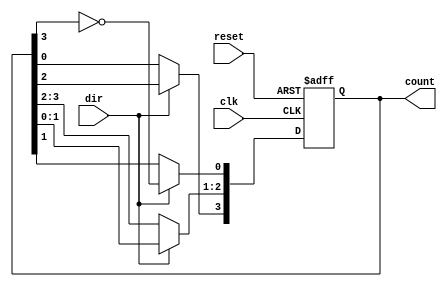
module bidirectional_johnson_counter (
    input wire clk,              // Clock input
    input wire reset,            // Asynchronous reset
    input wire dir,              // Direction control (1 for up, 0 for down)
    output reg [3:0] count       // 4-bit counter output
);

    always @(posedge clk or posedge reset) begin
        if (reset) begin
            // Asynchronous reset
            count <= 4'b0000;     // Reset the counter to 0
        end else begin
            if (dir) begin
                // Counting up (Johnson counter)
                count[0] <= ~count[3]; // Feedback from last flip-flop
                count[3:1] <= count[2:0]; // Shift the other flip-flops
            end else begin
                // Counting down
                count[3] <= count[0]; // Feedback from first flip-flop to last
                count[2:0] <= count[3:1]; // Shift the other flip-flops
            end
        end
    end

endmodule